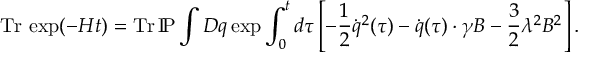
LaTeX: \mathrm { T r } \, \exp ( - H t ) = \mathrm { T r } \, \mathrm { I \! P } \int D q \exp \int _ { 0 } ^ { t } d \tau \left[ - \frac 1 2 \dot { q } ^ { 2 } ( \tau ) - \dot { q } ( \tau ) \cdot \gamma B - \frac 3 2 \lambda ^ { 2 } B ^ { 2 } \right] .